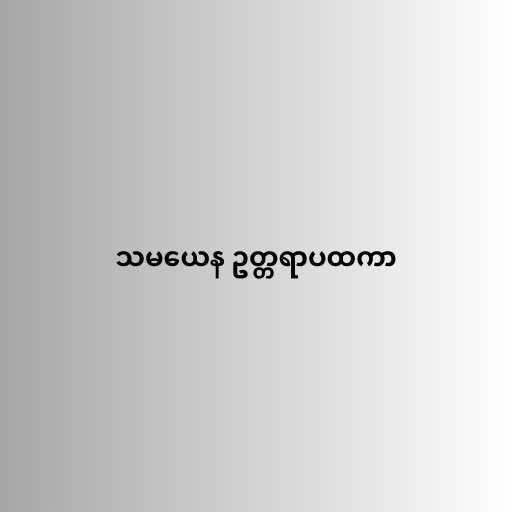
သမယေန ဥတ္တရာပထကာ